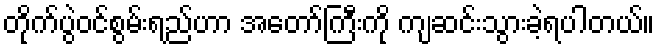
တိုက်ပွဲဝင်စွမ်းရည်ဟာ အတော်ကြီးကို ကျဆင်းသွားခဲ့ရပါတယ်။